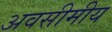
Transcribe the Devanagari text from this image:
अवसीमीय